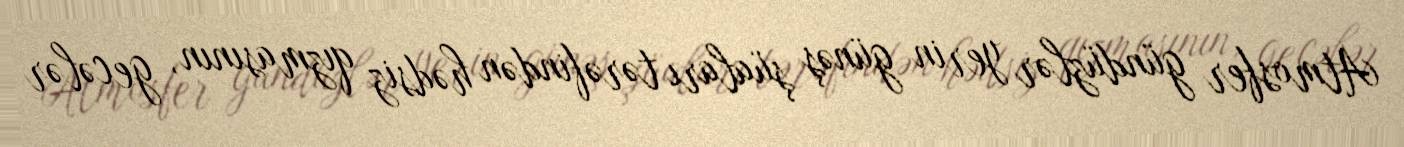
Atmosfer gündüzlər yerin günəş şüaları tərəfindən hədsiz qızmasının, gecələr